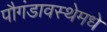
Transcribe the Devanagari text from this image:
पौगंडावस्थेमधे